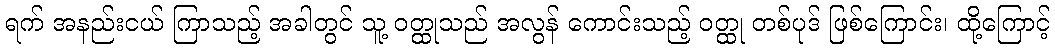
ရက် အနည်းငယ် ကြာသည့် အခါတွင် သူ့ ဝတ္ထုသည် အလွန် ကောင်းသည့် ဝတ္ထု တစ်ပုဒ် ဖြစ်ကြောင်း၊ ထို့ကြောင့်